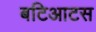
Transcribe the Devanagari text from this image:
बटिआटस